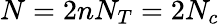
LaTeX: N=2nN_{T}=2N_{c}